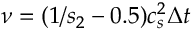
\nu = ( 1 / { s _ { 2 } } - 0 . 5 ) c _ { s } ^ { 2 } \Delta t